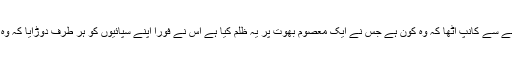
بھوت نگر کا راجہ یہ سن کر غصے سے کانپ اٹھا کہ وہ کون ہے جس نے ایک معصوم بھوت پر یہ ظلم کیا ہے اس نے فوراً اپنے سپائیوں کو ہر طرف دوڑایا کہ وہ قاتل کا پتہ لگائیں کہ وہ کون ہے؟